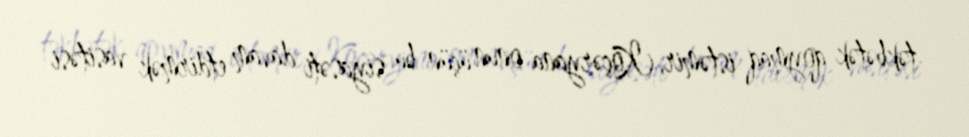
təkbətək qoymaq istəmir, Köçəryana onun üçün bu siyasəti davam etdirmək vasitəsi